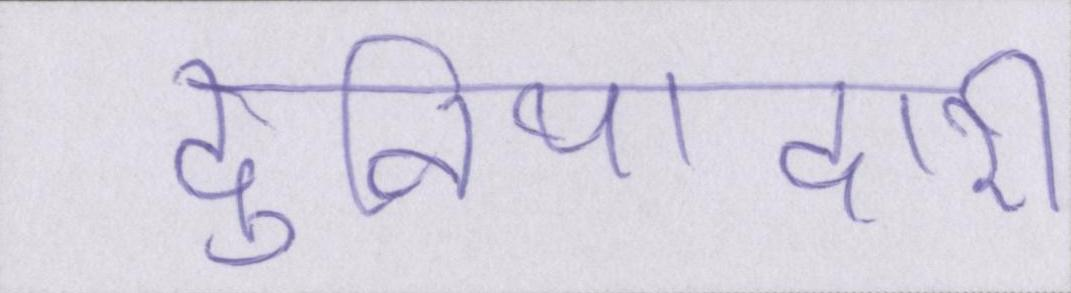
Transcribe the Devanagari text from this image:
दुनियादारी